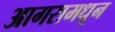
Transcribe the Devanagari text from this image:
आगरामधून